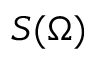
S ( \Omega )